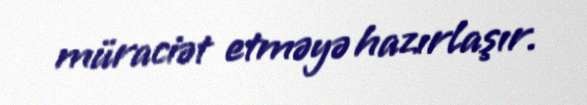
müraciət etməyə hazırlaşır.